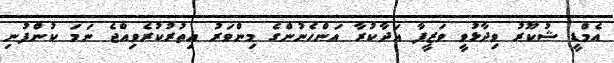
އެމްޑީ ޝުކޫރު ވިދާޅުވީ ވަޒީފާ އަދާކުރާ އަންހެނުންގެ މިންވަރު އިތުރުކުރެވިއްޖެ ނަމަ ކުންފުނި